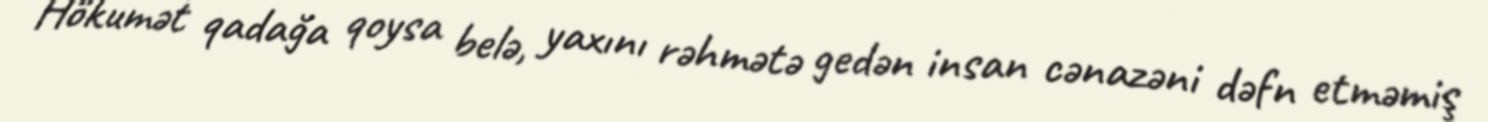
Hökumət qadağa qoysa belə, yaxını rəhmətə gedən insan cənazəni dəfn etməmiş